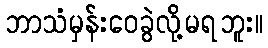
ဘာသံမှန်းဝေခွဲလို့မရဘူး။